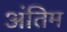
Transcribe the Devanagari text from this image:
अंंतिम